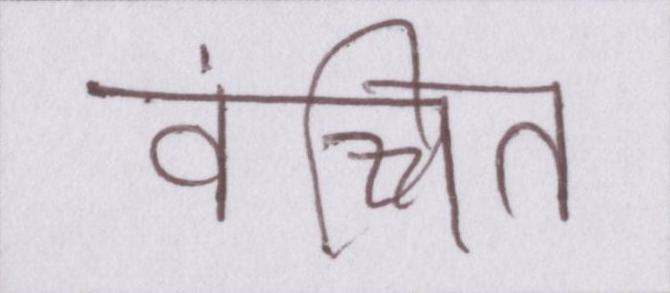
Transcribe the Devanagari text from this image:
वंचित